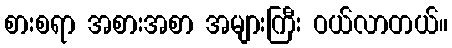
စားစရာ အစားအစာ အများကြီး ဝယ်လာတယ်။